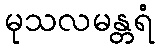
မုသလမန္တရံ